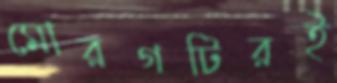
মোরগটিরই